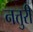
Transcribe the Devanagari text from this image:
नत्तुरी